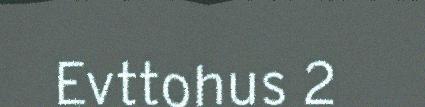
Evttohus 2